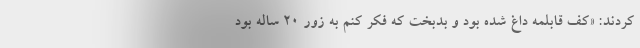
کردند: «کف قابلمه داغ شده بود و بدبخت که فکر کنم به زور ۲۰ ساله بود